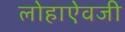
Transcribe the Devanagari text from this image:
लोहाऐवजी